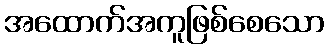
အထောက်အကူဖြစ်စေသော